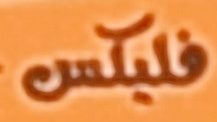
فليكس